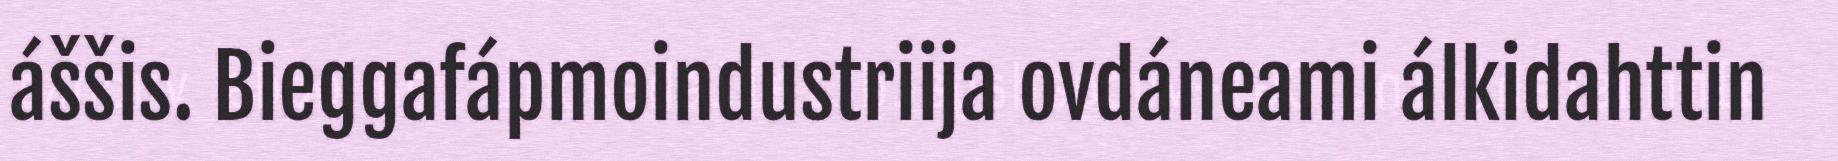
áššis. Bieggafápmoindustriija ovdáneami álkidahttin